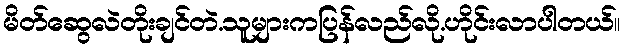
မိတ်ဆွေလဲတိုးချင်တဲ.သူများကပြန်လည်လို.ဟိုင်းလာပါတယ်။